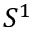
S ^ { 1 }